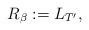
\begin{align*}R_{\beta}:=L_{T'},\end{align*}